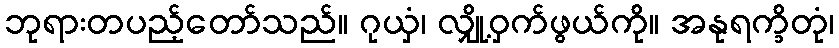
ဘုရားတပည့်တော်သည်။ ဂုယှံ၊ လျှို့ဝှက်ဖွယ်ကို။ အနုရက္ခိတုံ၊